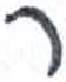
אות: ר